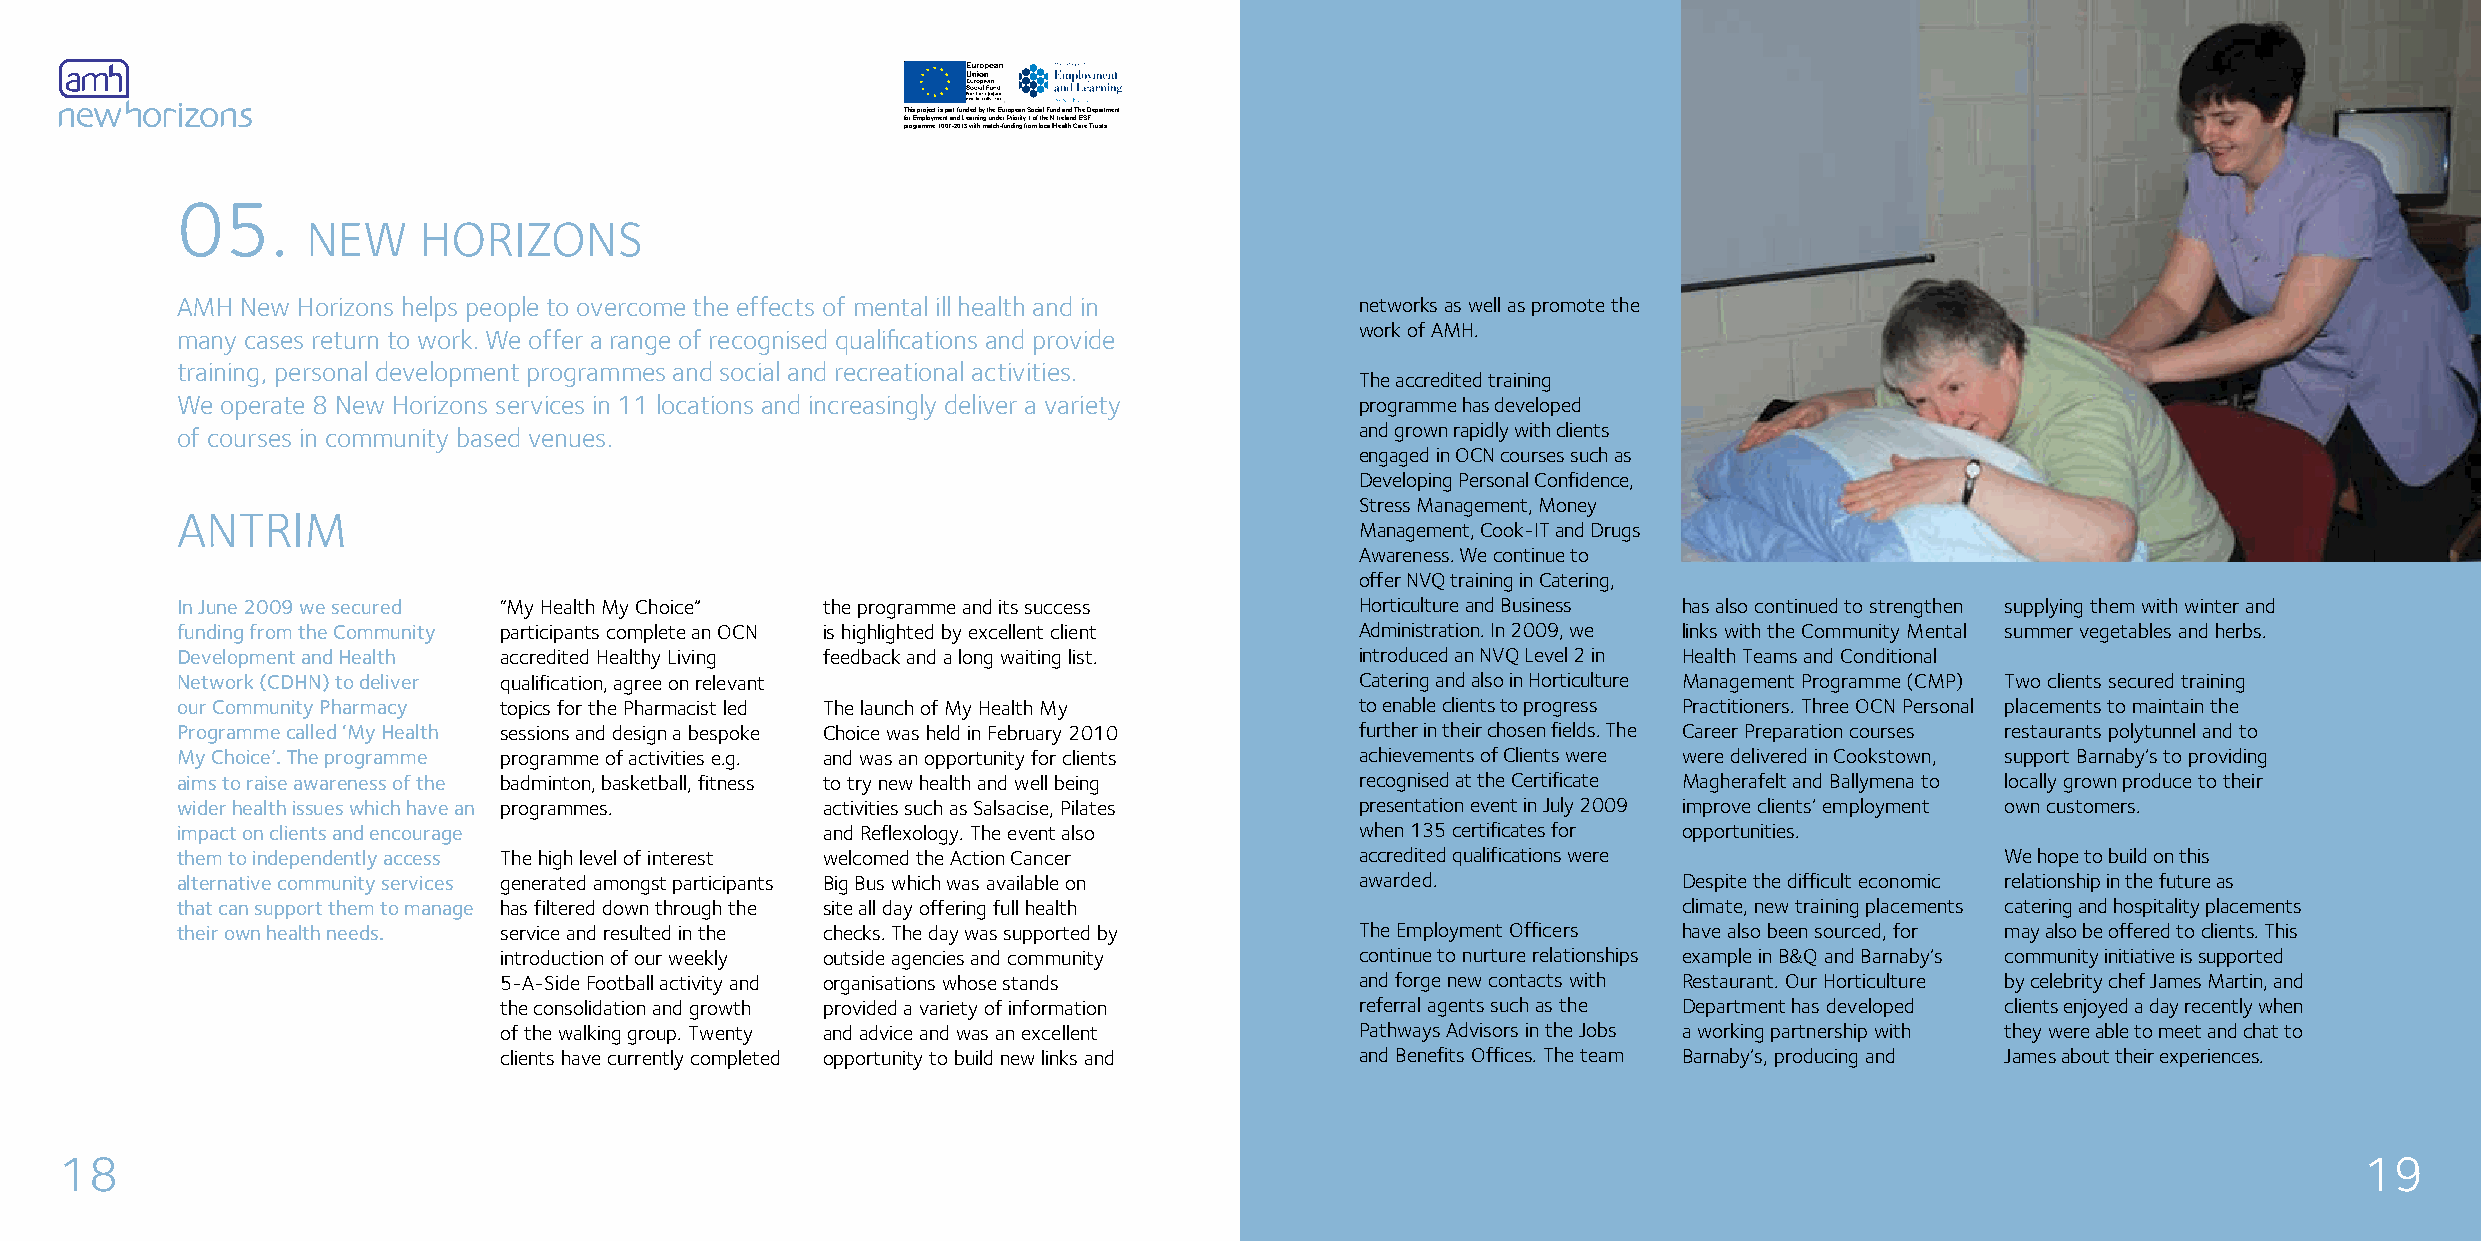
This project is part funded by the European Social Fund and The Department
 for Employment and Learning under Priority 1 of the N.Ireland ESF
 programme 1007-2013 with match-funding from local Health Care Trusts.
 05.
 NEW     HORIZONS
 AMH New Horizons helps people to overcome the effects of mental ill health and in networks as well as promote the
 work of AMH.
 many cases return to work. We offer a range of recognised qualifications and provide
 training, personal development programmes and social and recreational activities.
 The accredited training
 We operate 8 New Horizons services in 11 locations and increasingly deliver a variety programme has developed
 of courses in community based venues.                                         and grown rapidly with clients
 engaged in OCN courses such as
 Developing Personal Confidence,
 Stress Management, Money
 ANTRIM
 Management, Cook-IT and Drugs
 Awareness. We continue to
 offer NVQ training in Catering,
 In June 2009 we secured “My Health My Choice” the programme and its success   Horticulture and Business has also continued to strengthen supplying them with winter and
 funding from the Community participants complete an OCN is highlighted by excellent client Administration. In 2009, we links with the Community Mental summer vegetables and herbs.
 Development and Health accredited Healthy Living feedback and a long waiting list. introduced an NVQ Level 2 in Health Teams and Conditional
 Network (CDHN) to deliver qualification, agree on relevant                    Catering and also in Horticulture Management Programme (CMP) Two clients secured training
 our Community Pharmacy topics for the Pharmacist led The launch of My Health My to enable clients to progress Practitioners. Three OCN Personal placements to maintain the
 Programme called ‘My Health sessions and design a bespoke Choice was held in February 2010 further in their chosen fields. The Career Preparation courses restaurants polytunnel and to
 My Choice’. The programme programme of activities e.g. and was an opportunity for clients achievements of Clients were were delivered in Cookstown, support Barnaby’s to providing
 aims to raise awareness of the badminton, basketball, fitness to try new health and well being recognised at the Certificate Magherafelt and Ballymena to locally grown produce to their
 wider health issues which have an programmes. activities such as Salsacise, Pilates presentation event in July 2009 improve clients’ employment own customers.
 impact on clients and encourage           and Reflexology. The event also     when 135 certificates for opportunities.
 them to independently access The high level of interest welcomed the Action Cancer accredited qualifications were        We hope to build on this
 alternative community services generated amongst participants Big Bus which was available on awarded. Despite the difficult economic relationship in the future as
 that can support them to manage has filtered down through the site all day offering full health    climate, new training placements catering and hospitality placements
 their own health needs. service and resulted in the checks. The day was supported by The Employment Officers have also been sourced, for may also be offered to clients. This
 introduction of our weekly outside agencies and community continue to nurture relationships example in B&Q and Barnaby’s community initiative is supported
 5-A-Side Football activity and organisations whose stands and forge new contacts with Restaurant. Our Horticulture by celebrity chef James Martin, and
 the consolidation and growth provided a variety of information referral agents such as the Department has developed clients enjoyed a day recently when
 of the walking group. Twenty and advice and was an excellent Pathways Advisors in the Jobs a working partnership with they were able to meet and chat to
 clients have currently completed opportunity to build new links and and Benefits Offices. The team Barnaby’s, producing and James about their experiences.
 18                                                                                                                                                      19